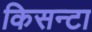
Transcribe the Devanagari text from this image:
किसन्टा